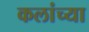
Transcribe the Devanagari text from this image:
कलांच्‍या